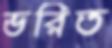
ভরিত